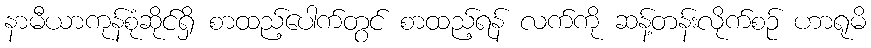
နာမီယာကုန်စုံဆိုင်ရှိ စာထည့်ပေါက်တွင် စာထည့်ရန် လက်ကို ဆန့်တန်းလိုက်စဉ် ဟာရုမိ